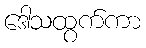
ဒေါသထွက်ကာ